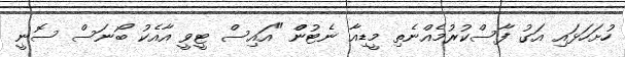
ހުށަހަޅައި އަގު ފާސްކުރުމެއްނެތި މީޑިއާ ނެޓުންް "އައިސް ޓީވީ އާއެކު ބޯނަސް ސޮނީ